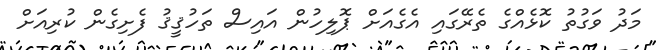
މަދު ވަގުތު ކޮޅެއްގެ ތެރޭގައި އެގެއަށް ޕޮލިހުން އައިސް ތަހުޤީޤު ފެށިގެން ކުރިއަށް